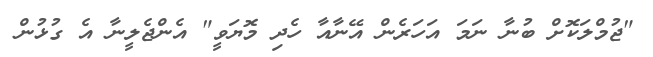
"ޖުމްލަކޮށް ބުނާ ނަމަ އަހަރެން އޭނާއާ ހެދި މޮޔަވީ" އެންޖެލީނާ އެ ގުޅުން